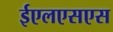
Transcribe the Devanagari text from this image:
ईएलएसएस